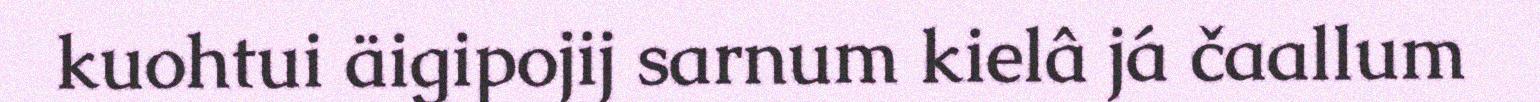
kuohtui äigipojij sarnum kielâ já čaallum